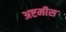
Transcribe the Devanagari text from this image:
अष्टमीस